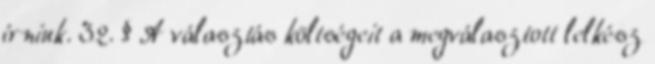
írniuk. 32. § A választás költségeit a megválasztott lelkész